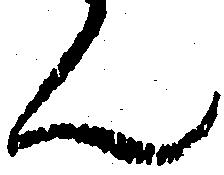
ん